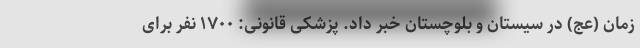
زمان (عج) در سیستان و بلوچستان خبر داد. پزشکی قانونی: ۱۷۰۰ نفر برای